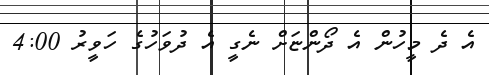
އެ ދެ މީހުން އެ ދޯންޏަށް ނެގީ އެ ދުވަހުގެ ހަވީރު 4:00